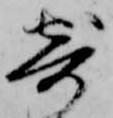
寄